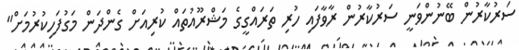
ސަރުކާރުން ބޭނުންވަނީ ސަރުކާރުން ރާވާފައި ހުރި ތަރައްގީގެ މަޝްރޫއުތައް ކުރިއަށް ގެންދަން މަގުފަހިކުރުމަށް"